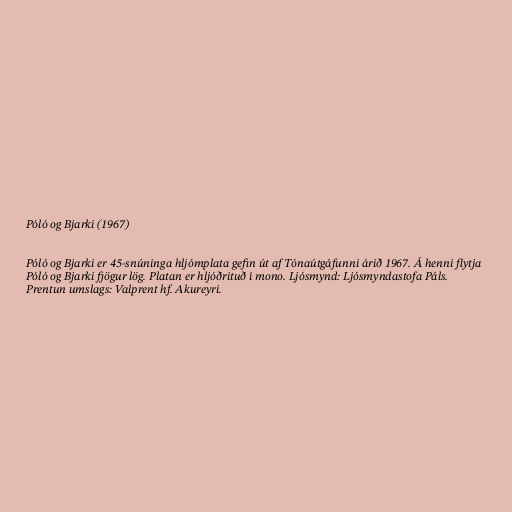
Póló og Bjarki (1967)

Póló og Bjarki er 45-snúninga hljómplata gefin út af Tónaútgáfunni árið 1967. Á henni flytja
Póló og Bjarki fjögur lög. Platan er hljóðrituð í mono. Ljósmynd: Ljósmyndastofa Páls.
Prentun umslags: Valprent hf. Akureyri.